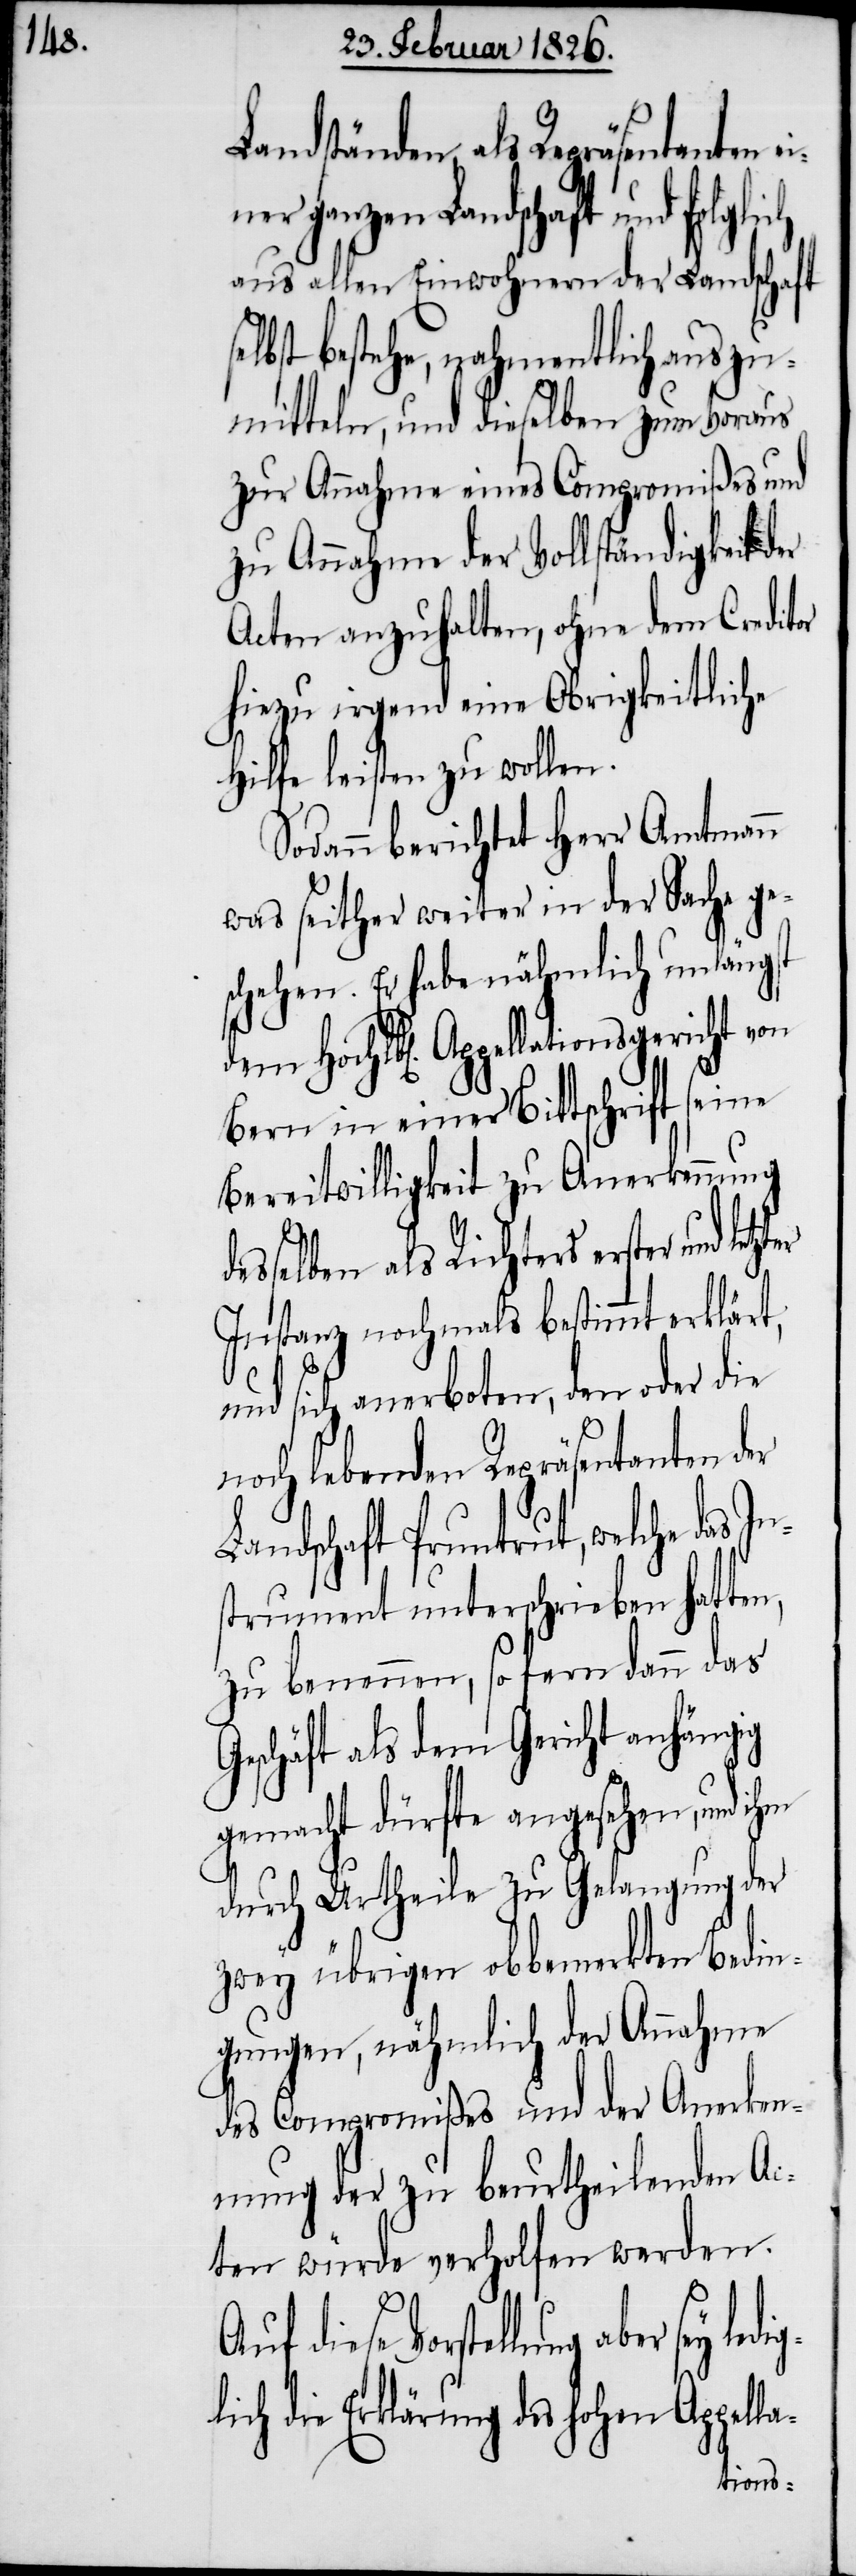
Landständen als Repräsentanten
ganzen Landschaft und fol¬
aus allen Einwohnern der Landschaft
st bestehe, nahmentlich auszu¬
mitteln, und dieselben zum Voraus
zur Annahme eines Compromißes und
zu Annahme der Vollständigkeit der
Acten anzuhalten, ohne dem Creditor
hiezu irgend eine Obrigkeitliche
Hilfe leisten zu wollen.
Sodann berichtet Herr Amtmann
was seither weiter in der Sache ge¬
schehen. Er habe nähmlich unlängst
Hochlbl. Appellationsgericht von
Bern in einer Bittschrift seine
Bereitwilligkeit zu Anerkennung
selben als Richters erster und let¬
Instanz nochmals bestimmt erklärt,
und sich anerboten, den oder die
noch lebenden Repräsentanten der
Landschaft Pruntrut, welche das
strument unterschrieben hatten,
zu benennen, so fern dann das
Geschäft als dem Gericht anhängig
gemacht dürfte angesehen, und ihm
durch Urtheile zu Gelangung der
zwey übrigen obbemerkten Bedin¬
gungen, nähmlich der Annahme
des Compromißes und der Anerken¬
nung der zu beurtheilenden Ac¬
ten würde verholfen werden.
la-
Auf diese Vorstellung aber
lich die Erklärung des hohen Appel¬
In¬